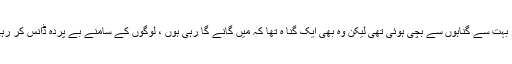
انہوں نے کہا کہ شوبز میں میں گناہ نہیں کرتی تھی اور بہت سے گناہوں سے بچی ہوئی تھی لیکن وہ بھی ایک گنا ہ تھا کہ میں گانے گا رہی ہوں ، لوگوں کے سامنے بے پردہ ڈانس کر رہی ہوں ، اداکاری کر رہی ہوں اور کوئی خوف نہیں ہے ۔